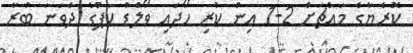
ކޮރެޔާގެ މައްޗަށް 2-1 އިން ކުރި ހޯދައި ވޯލްޑް ކަޕްގެ ދެވަނަ ބުރާ